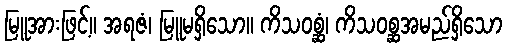
မြူအားဖြင့်။ အရဇံ၊ မြူမရှိသော။ ကိသဝစ္ဆံ၊ ကိသဝစ္ဆအမည်ရှိသော